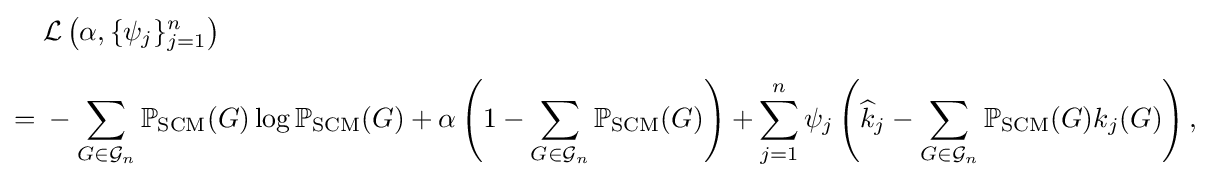
{\begin{aligned}&{\mathcal {L}}\left(\alpha ,\{\psi _{j}\}_{j=1}^{n}\right)\\[6pt]={}&-\sum _{G\in {\mathcal {G}}_{n}}\mathbb {P} _{\text{SCM}}(G)\log \mathbb {P} _{\text{SCM}}(G)+\alpha \left(1-\sum _{G\in {\mathcal {G}}_{n}}\mathbb {P} _{\text{SCM}}(G)\right)+\sum _{j=1}^{n}\psi _{j}\left({\widehat {k}}_{j}-\sum _{G\in {\mathcal {G}}_{n}}\mathbb {P} _{\text{SCM}}(G)k_{j}(G)\right),\end{aligned}}